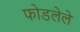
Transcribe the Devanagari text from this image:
फोडलेले